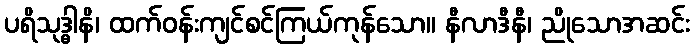
ပရိသုဒ္ဓါနိ၊ ထက်ဝန်းကျင်စင်ကြယ်ကုန်သော။ နီလာဒီနီ၊ ညိုသောအဆင်း